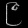
Digit: ၉